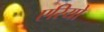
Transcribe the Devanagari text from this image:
एरियो